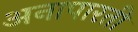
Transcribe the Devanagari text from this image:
अनापारती